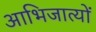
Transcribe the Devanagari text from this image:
आभिजात्यों